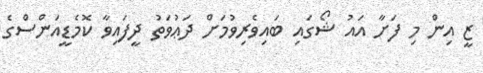
ޒީ އިން މި ފަށާ އައު ޝޯގައި ބައިވެރިވުމަށް ދަޢުވަތު ދީފައިވާ ކޮމެޑީއަންސްގެ